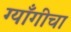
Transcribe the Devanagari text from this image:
ग्याँगीचा